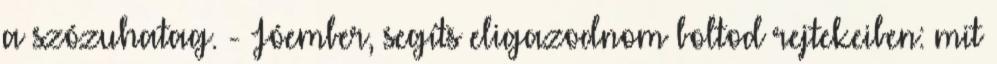
a szózuhatag. - Jóember, segíts eligazodnom boltod rejtekeiben: mit